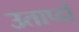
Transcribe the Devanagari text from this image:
उताप्दों